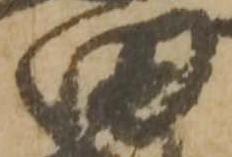
田